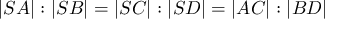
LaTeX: | S A | : | S B | = | S C | : | S D | = | A C | : | B D |